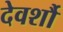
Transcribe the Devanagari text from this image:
देवर्शौ